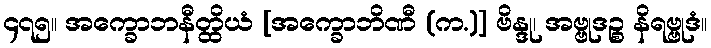
၄၇၅။ အက္ခောဘနီတ္ထိယံ [အက္ခောဘိဏီ (က.)] ဗိန္ဒု၊ အဗ္ဗုဒဉ္စ နိရဗ္ဗုဒံ။